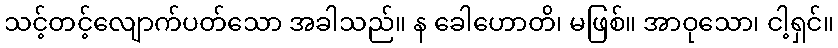
သင့်တင့်လျောက်ပတ်သော အခါသည်။ န ခေါဟောတိ၊ မဖြစ်။ အာဝုသော၊ ငါ့ရှင်။